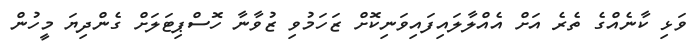
ވަޅި ކާނެއްގެ ތެރެ އަށް އެއްލާލައިފައިވަނިކޮށް ޒަހަމުވި ޒުވާނާ ހޮސްޕިޓަލަށް ގެންދިޔަ މީހުން